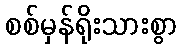
စစ်မှန်ရိုးသားစွာ